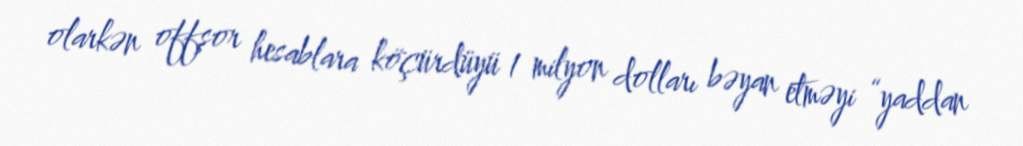
olarkən offşor hesablara köçürdüyü 1 milyon dolları bəyan etməyi “yaddan